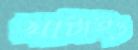
খাটাইও